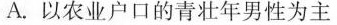
A.以农业户口的青壮年男性为主